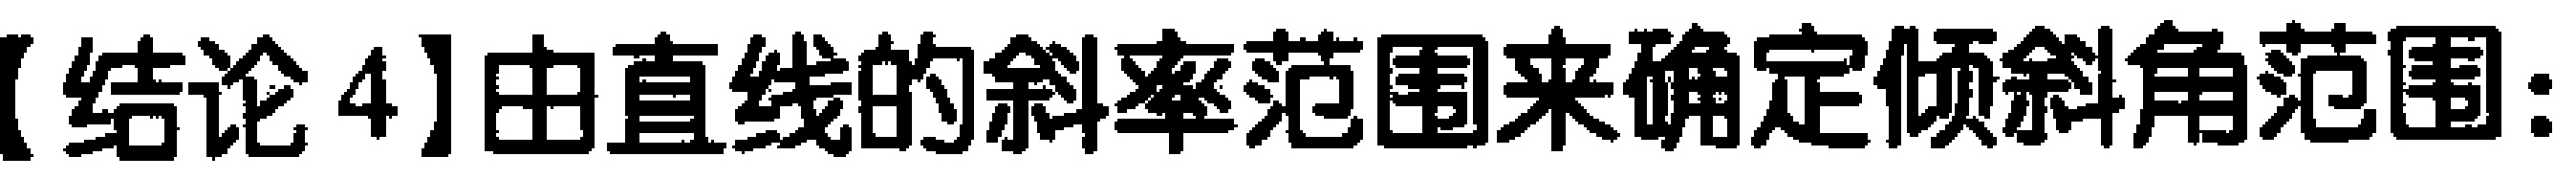
【结论4】由直线的斜率范围来确定倾斜角范围：